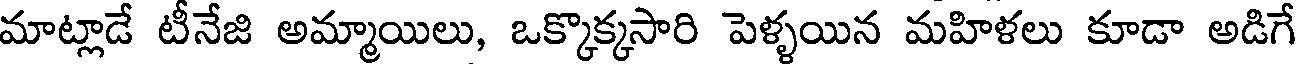
మాట్లాడే టీనేజి అమ్మాయిలు, ఒక్కొక్కసారి పెళ్ళయిన మహిళలు కూడా అడిగే